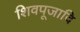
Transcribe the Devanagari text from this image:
शिवपूजादि